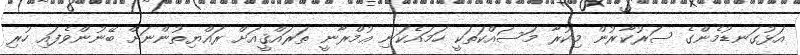
އަޅުގަނޑުމެންގެ ސަރުކާރުން މިކުރާ މަސައްކަތަކީ ހަމައެކަނި ޢުމްރާނީ ތަރައްޤީއަށް ރައްޔިތުންނަށް ބޭނުންވެފައި ހުރި